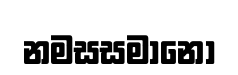
නමසසමානො